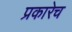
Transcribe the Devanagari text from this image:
प्रकारेच